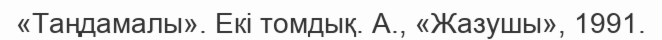
«Таңдамалы». Екі томдық. А., «Жазушы», 1991.